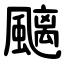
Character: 䬜